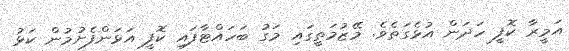
އަމީރާ ކޮފީ ހަދަން އުޅެގަތެވެ. މޭޒުމަތީގައި މަގު ބަހައްޓާފައި ކޮފީ އަޅަންފެށުމުން ކަޅު